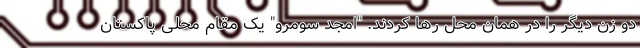
دو زن دیگر را در همان محل رها کردند. "امجد سومرو" یک مقام محلی پاکستان